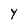
Character: Y